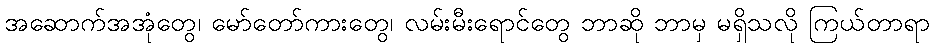
အဆောက်အအုံတွေ၊ မော်တော်ကားတွေ၊ လမ်းမီးရောင်တွေ ဘာဆို ဘာမှ မရှိသလို ကြယ်တာရာ